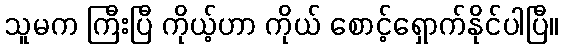
သူမက ကြီးပြီ ကိုယ့်ဟာ ကိုယ် စောင့်ရှောက်နိုင်ပါပြီ။